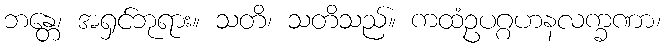
ဘန္တေ၊ အရှင်ဘုရား။ သတိ၊ သတိသည်။ ကထံဥပဂ္ဂဟနလက္ခဏာ၊